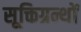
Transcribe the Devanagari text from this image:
सूक्तिग्रन्थों